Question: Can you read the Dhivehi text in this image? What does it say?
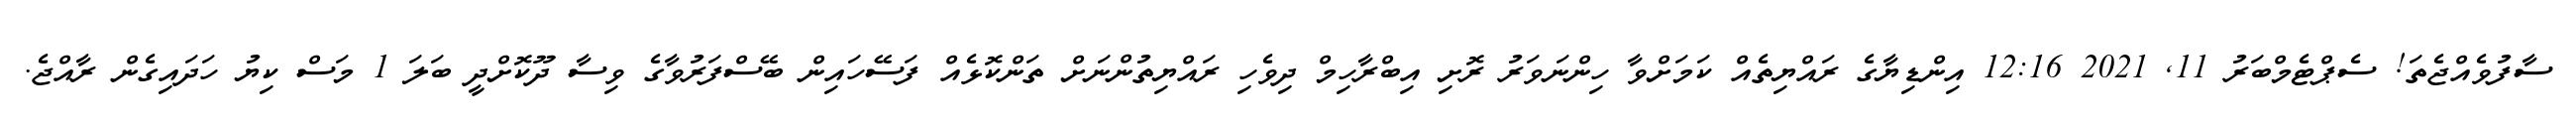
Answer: ސާފުވެއްޖެތަ! ސެޕްޓެމްބަރު 11, 2021 12:16 އިންޑިޔާގެ ރައްޔިތެއް ކަމަށްވާ ހިންނަވަރު ރޮށި އިބްރާހިމް ދިވެހި ރައްޔިތުންނަށް ތަންކޮޅެއް ފަސޭހައިން ބޭސްފަރުވާގެ ވިސާ ދޫކޮށްދީ ބަލަ 1 މަސް ކިޔު ހަދައިގެން ރާއްޖެ.